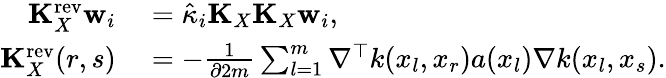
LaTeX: \begin{array}{rl}{\mathbf{K}_{X}^{\mathrm{rev}}\mathbf{w}_{i}}&{{}=\hat{\kappa}_{i}\mathbf{K}_{X}\mathbf{K}_{X}\mathbf{w}_{i},}\\ {\mathbf{K}_{X}^{\mathrm{rev}}(r,s)}&{{}=-\frac{1}{\partial 2m}\sum_{l=1}^{m}\nabla^{\top}k(x_{l},x_{r})a(x_{l})\nabla k(x_{l},x_{s}).}\end{array}